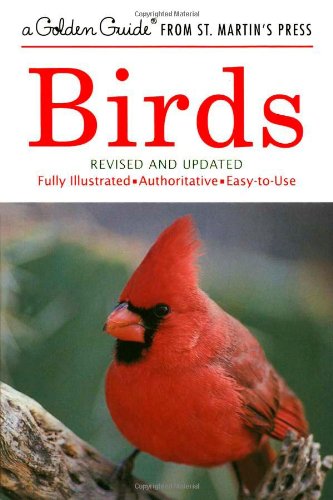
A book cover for Birds (A Golden Guide from St. Martin's Press); Ira N. Gabrielson; Science & Math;